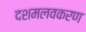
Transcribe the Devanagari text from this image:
दशमलवकरण